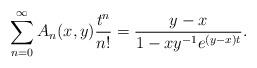
LaTeX: \begin{align*} \sum_{n=0}^\infty A_n(x,y){t^n \over n!} ={y-x \over 1 - xy^{-1} e^{(y-x)t} }.\end{align*}